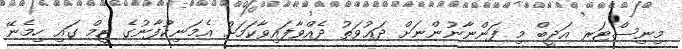
މިނިސްޓަރ އަދީބް މި ފަންނާނުންނަށް ދަޢުވަތު ދެއްވާފައިވާކަމަށް އެމަނިކުފާނުގެ ޓީމް ގައި ހިމެނޭ